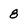
Character: 8